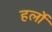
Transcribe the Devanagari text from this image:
हर्लो